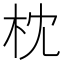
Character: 枕